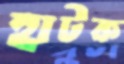
হাটক